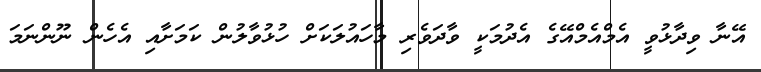
އޭނާ ވިދާޅުވީ އެމްއެމްއޭގެ އެދުމަކީ ވާދަވެރި މާހައުލަކަށް ހުޅުވާލުން ކަމަށާއި އެހެން ނޫންނަމަ